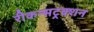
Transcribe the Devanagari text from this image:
रीकन्सट्रक्शन